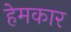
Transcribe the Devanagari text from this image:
हेमकार